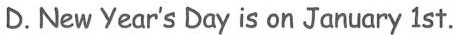
D.New Year's Day is on January 1 st.